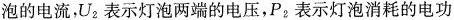
泡的电流，U_{2}表示灯泡两端的电压，P_{2}表示灯泡消耗的电功